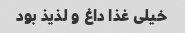
خیلی غذا داغ و لذیذ بود